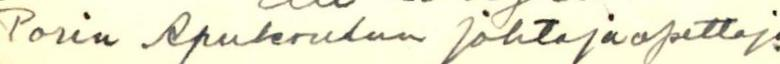
Porin Apukoulun johtajaopettaja.